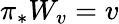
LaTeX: \pi_{*}W_{v}=v